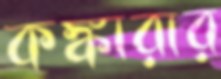
কঙ্কারার